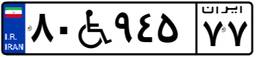
۸۰W۹۴۵۷۷